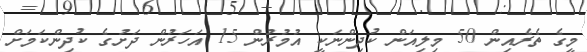
މީގެ ތެރެއިން 50 މިލިއަން ކުދިންނަކީ އުމުރުން 15 އަހަރުން ދަށުގެ ކުދިންކަމަށް